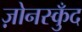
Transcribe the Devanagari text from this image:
ज़ोनस्कुँद